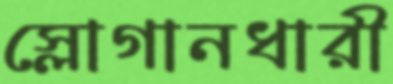
স্লোগানধারী